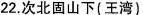
22. 次北固山下 ( 王湾 )